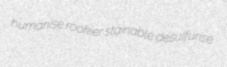
humanise rookier stainable desulfurise